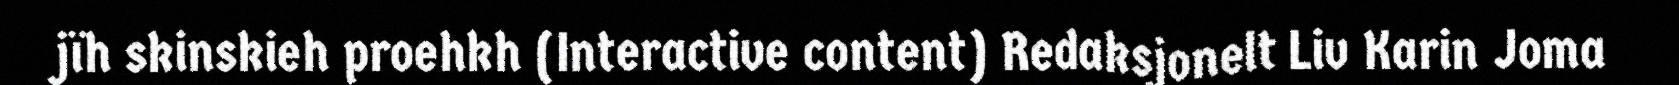
jïh skinskieh proehkh (Interactive content) Redaksjonelt Liv Karin Joma